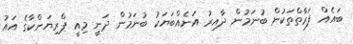
ބައެއް ފަރާތްތަކުން ބުނަމުން ދާއިރު އަނެއްބަޔަކު ބުނަމުން ދަނީ މިއީ ޕްރިޔަންކާގެ އައު